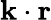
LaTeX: {\mathbf{k}}\cdot{\mathbf{r}}